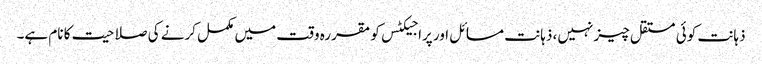
ذہانت کوئی مستقل چیز نہیں، ذہانت مسائل اور پراجیکٹس کو مقررہ وقت میں مکمل کرنے کی صلاحیت کا نام ہے۔